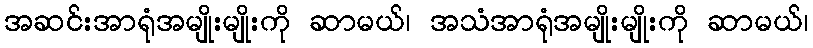
အဆင်းအာရုံအမျိုးမျိုးကို ဆာမယ်၊ အသံအာရုံအမျိုးမျိုးကို ဆာမယ်၊